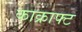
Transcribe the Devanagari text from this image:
काक्राफ्ट